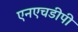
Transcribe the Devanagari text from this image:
एनएचडीपी